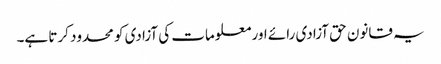
یہ قانون حق آزادی رائے اور معلومات کی آزادی کو محدود کرتا ہے۔